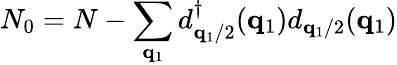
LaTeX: N_{0}=N-\sum_{{\mathbf{q}}_{1}}d_{{\mathbf{q}}_{1}/2}^{\dagger}({\mathbf{q}}_{1})d_{{\mathbf{q}}_{1}/2}({\mathbf{q}}_{1})